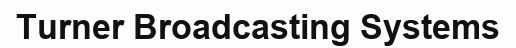
Turner Broadcastіng Systems